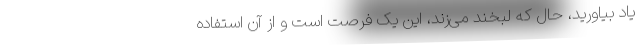
یاد بیاورید، حال که لبخند می‌زند، این یک فرصت است و از آن استفاده